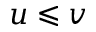
u \leqslant v